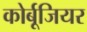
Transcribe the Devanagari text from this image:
कोर्बूजियर